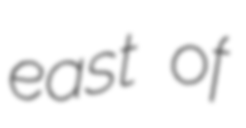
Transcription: east of